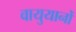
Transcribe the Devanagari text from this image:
वायुयानोँ